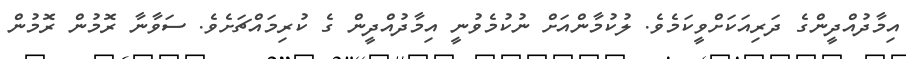
އިމާދުއްދީންގެ ދަރިއަކަށްވީކަމެވެ. ލުކުމާންއަށް ނުކުމެވުނީ އިމާދުއްދީން ގެ ކުރިމައްޗަށެވެ. ސަވާނާ ރޮމުން ރޮމުން